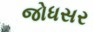
જોધસર